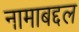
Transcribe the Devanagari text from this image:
नामाबद्दल